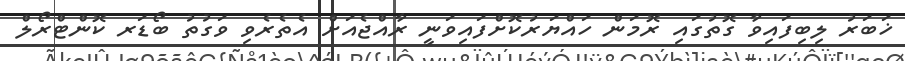
ޚަބަރު ލިބިފައިވާ ގޮތުގައި ރޮމަން ހައްޔަރުކޮށްފައިވަނީ ރާއްޖެއަށް އެތެރެވި ވަގުތު ބޯޑަރ ކޮންޓްރޯލް